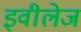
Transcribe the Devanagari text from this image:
इवीलेज